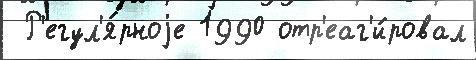
 Р'егул'я́рноjе 1990 отр'еаг'и́ровал